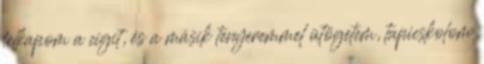
felkapom a cigit, és a másik tenyeremmel ütögetem, tapicskolom